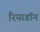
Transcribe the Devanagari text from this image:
रियरडॉन